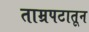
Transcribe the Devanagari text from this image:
ताम्रपटातून